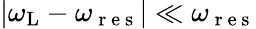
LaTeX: |\omega_{\mathrm{L}}-\omega_{\mathrm{~r~e~s~}}|\ll\omega_{\mathrm{~r~e~s~}}